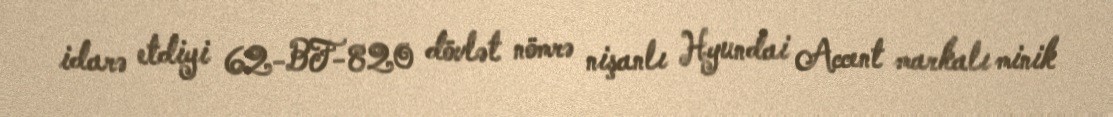
idarə etdiyi 62-BF-820 dövlət nömrə nişanlı Hyundai Accent markalı minik